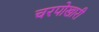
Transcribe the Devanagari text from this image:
चरपोखारी